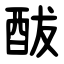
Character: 䣮